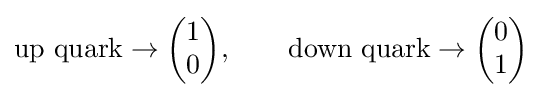
{\text{up quark}}\rightarrow {\begin{pmatrix}1\\0\end{pmatrix}},\qquad {\text{down quark}}\rightarrow {\begin{pmatrix}0\\1\end{pmatrix}}